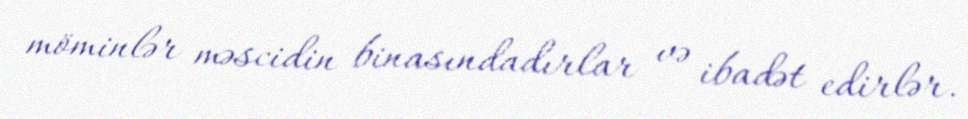
möminlər məscidin binasındadırlar və ibadət edirlər.